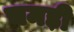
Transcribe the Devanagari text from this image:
चमड़ी